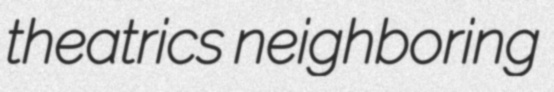
theatrics neighboring